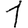
Digit: 1